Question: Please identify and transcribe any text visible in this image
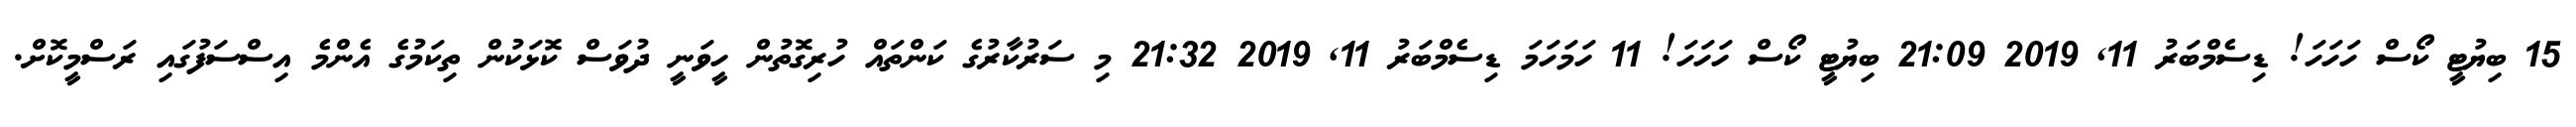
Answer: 15 ބިޔުޓީ ކޯސް ހަހަހަ! ޑިސެމްބަރު 11, 2019 21:09 ބިޔުޓީ ކޯސް ހަހަހަ! 11 ހަމަހަމަ ޑިސެމްބަރު 11, 2019 21:32 މި ސަރުކާރުގެ ކަންތައް ހުރިގޮތުން ހީވަނީ ދުވަސް ކޮޅަކުން ތިކަމުގެ އެންމެ އިސްސަފުގައި ރަސްމީކޮށް.